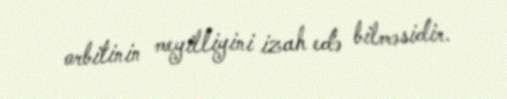
orbitinin meyilliyini izah edə bilməsidir.